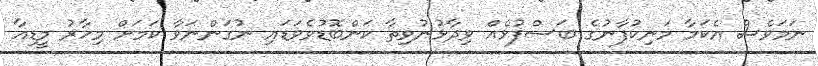
ނަމަވެސް އެކަމާ މަނިކުފާނުގެ ބަސްފުޅެއް ވިދާޅުނުވިތާ ކަންބޮޑުވެވަޑައި ނުގަންނަވާ ކަމަށް މިހާރު މީޑިއާ